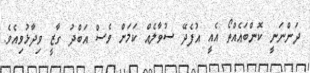
ދަންނަނީ ކޮންބައެއްތޯ އެއީ އުފެދޭ ސުވާލެއް ކަމަށް ވެސް އަބްދު ގާޒީ ވިދާޅުވިއެވެ.